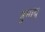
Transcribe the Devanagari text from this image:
हुमांयु